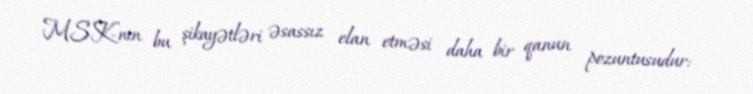
MSK-nın bu şikayətləri əsassız elan etməsi daha bir qanun pozuntusudur: